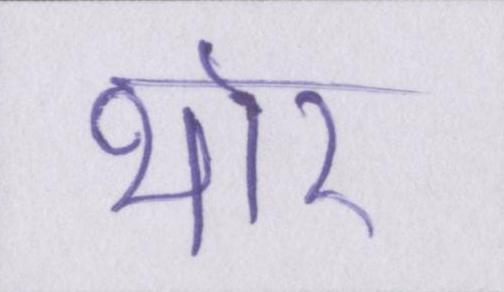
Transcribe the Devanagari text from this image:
थोर